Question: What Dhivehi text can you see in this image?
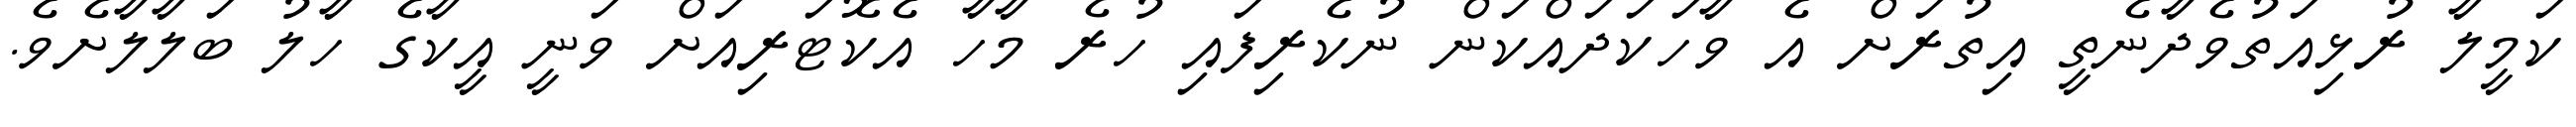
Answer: ކަމީލާ ރުޅިއަތުވެދާނެތީ އިތުރަށް އެ ވާހަކަދައްކަން ނުކެރިފައި ހުރެ މާހާ އެކޮޓަރިއަށް ވަނީ އީކާގެ ހާލު ބަލާލާށެވެ.